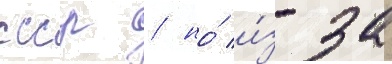
ссср / но́ и́з-за